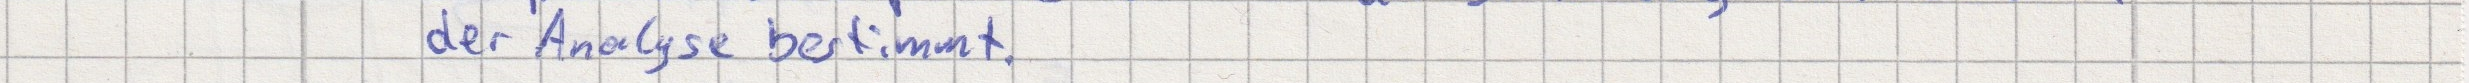
der Analyse bestimmt.